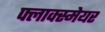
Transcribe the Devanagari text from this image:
फ्लाक्स्मेयर